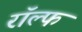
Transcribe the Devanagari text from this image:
राॅल्फ